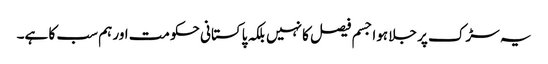
یہ سڑک پر جلا ہوا جسم فیصل کا نہیں بلکہ پاکستانی حکومت اور ہم سب کا ہے۔